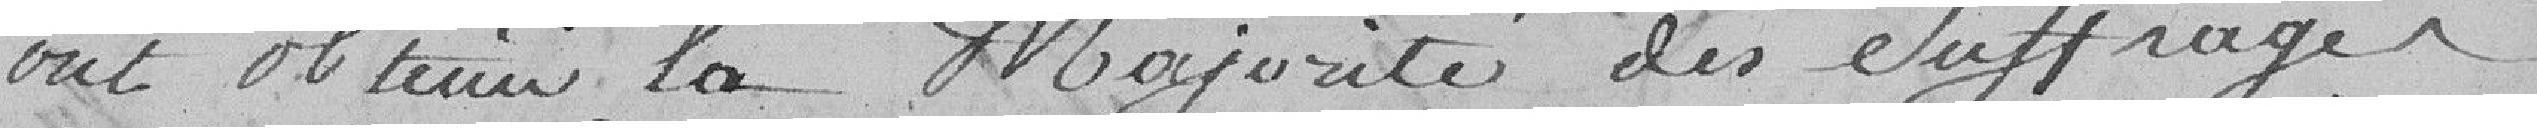
ont obtenu la majorité des suffrages